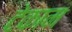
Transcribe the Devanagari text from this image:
टेकाम